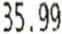
35.99